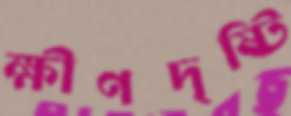
ক্ষীণদৃষ্টি